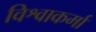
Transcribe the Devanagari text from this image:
विश्वाकर्मा